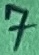
Text: 7